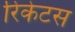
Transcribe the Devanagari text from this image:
रिकेटस